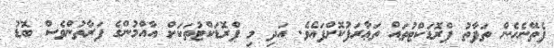
ފެތޭނެހެން ތަފާތު ޕްރޮޑަކްޓުތައް ތަޢާރަފުކޮށްފައެވެ. އަދި މި ޕްރޮޑަކްޓުތަކަށް އާއްމުންގެ ފަރާތުންވެސް ބޮޑު